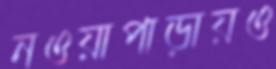
নওয়াপাড়ায়ও